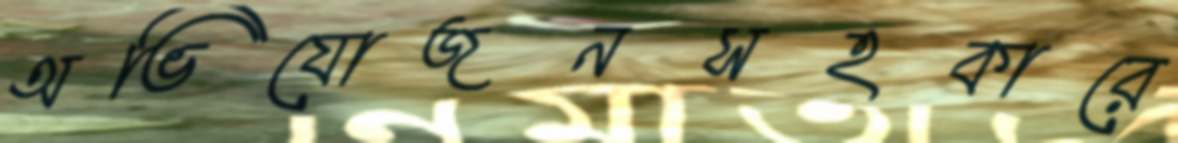
অভিযোজনসহকারে